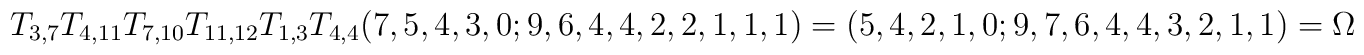
T_{3,7}T_{4,11}T_{7,10}T_{11,12}T_{1,3}T_{4,4}(7,5,4,3,0;9,6,4,4,2,2,1,1,1)=(5,4,2,1,0;9,7,6,4,4,3,2,1,1)= \Omega